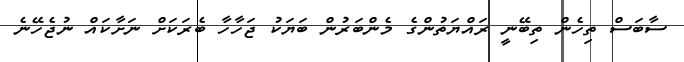
ސާބަސް ތިހެން ތިބޭނީ ރައްޔަތުންގެ މެންބަރުން ބަޔަކު ޖަހާހާ ބެރަކަށް ނަށާކައް ނުޖެހޭނެ